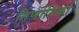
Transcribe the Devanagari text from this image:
निर्णायिका